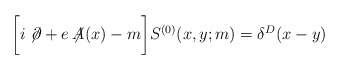
\begin{align*}\biggl[ i\not{\!\partial}+e\not{\!\!A(x)}-m\biggr] S^{(0)}(x,y;m)=\delta^{D}(x-y)\end{align*}